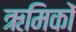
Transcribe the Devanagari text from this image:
ऋमिकों